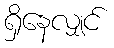
ရှိနေလျှင်